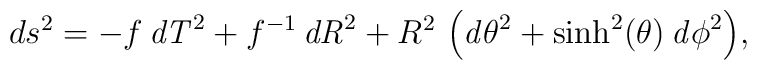
ds^2 ={\displaystyle      - f\,{\it dT}^2 + f^{-1}\,{\it dR}^2       + R^2\,\left({\it d\theta}^2 + \sinh^2(\theta)\, {\it d\phi}^2\right)},